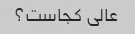
عالی کجاست؟